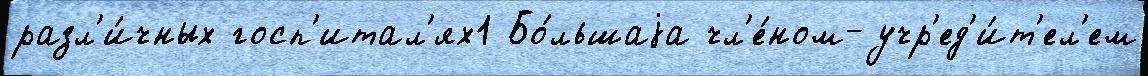
разл'и́чных госп'итал'ях1 Бо́льшаjа чл'е́ном-учр'ед'и́т'ел'ем